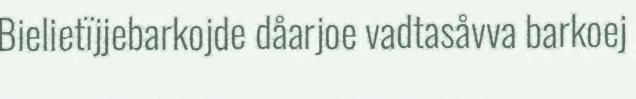
Bielietïjjebarkojde dåarjoe vadtasåvva barkoej